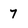
Character: 7